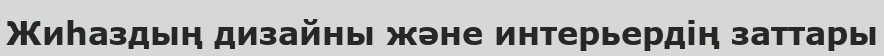
Жиhаздың дизайны және интерьердiң заттары